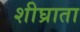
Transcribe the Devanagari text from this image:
शीघ्राता